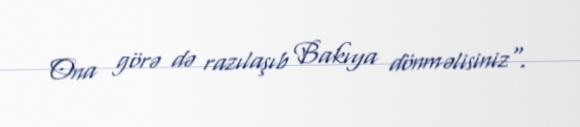
Ona görə də razılaşıb Bakıya dönməlisiniz".